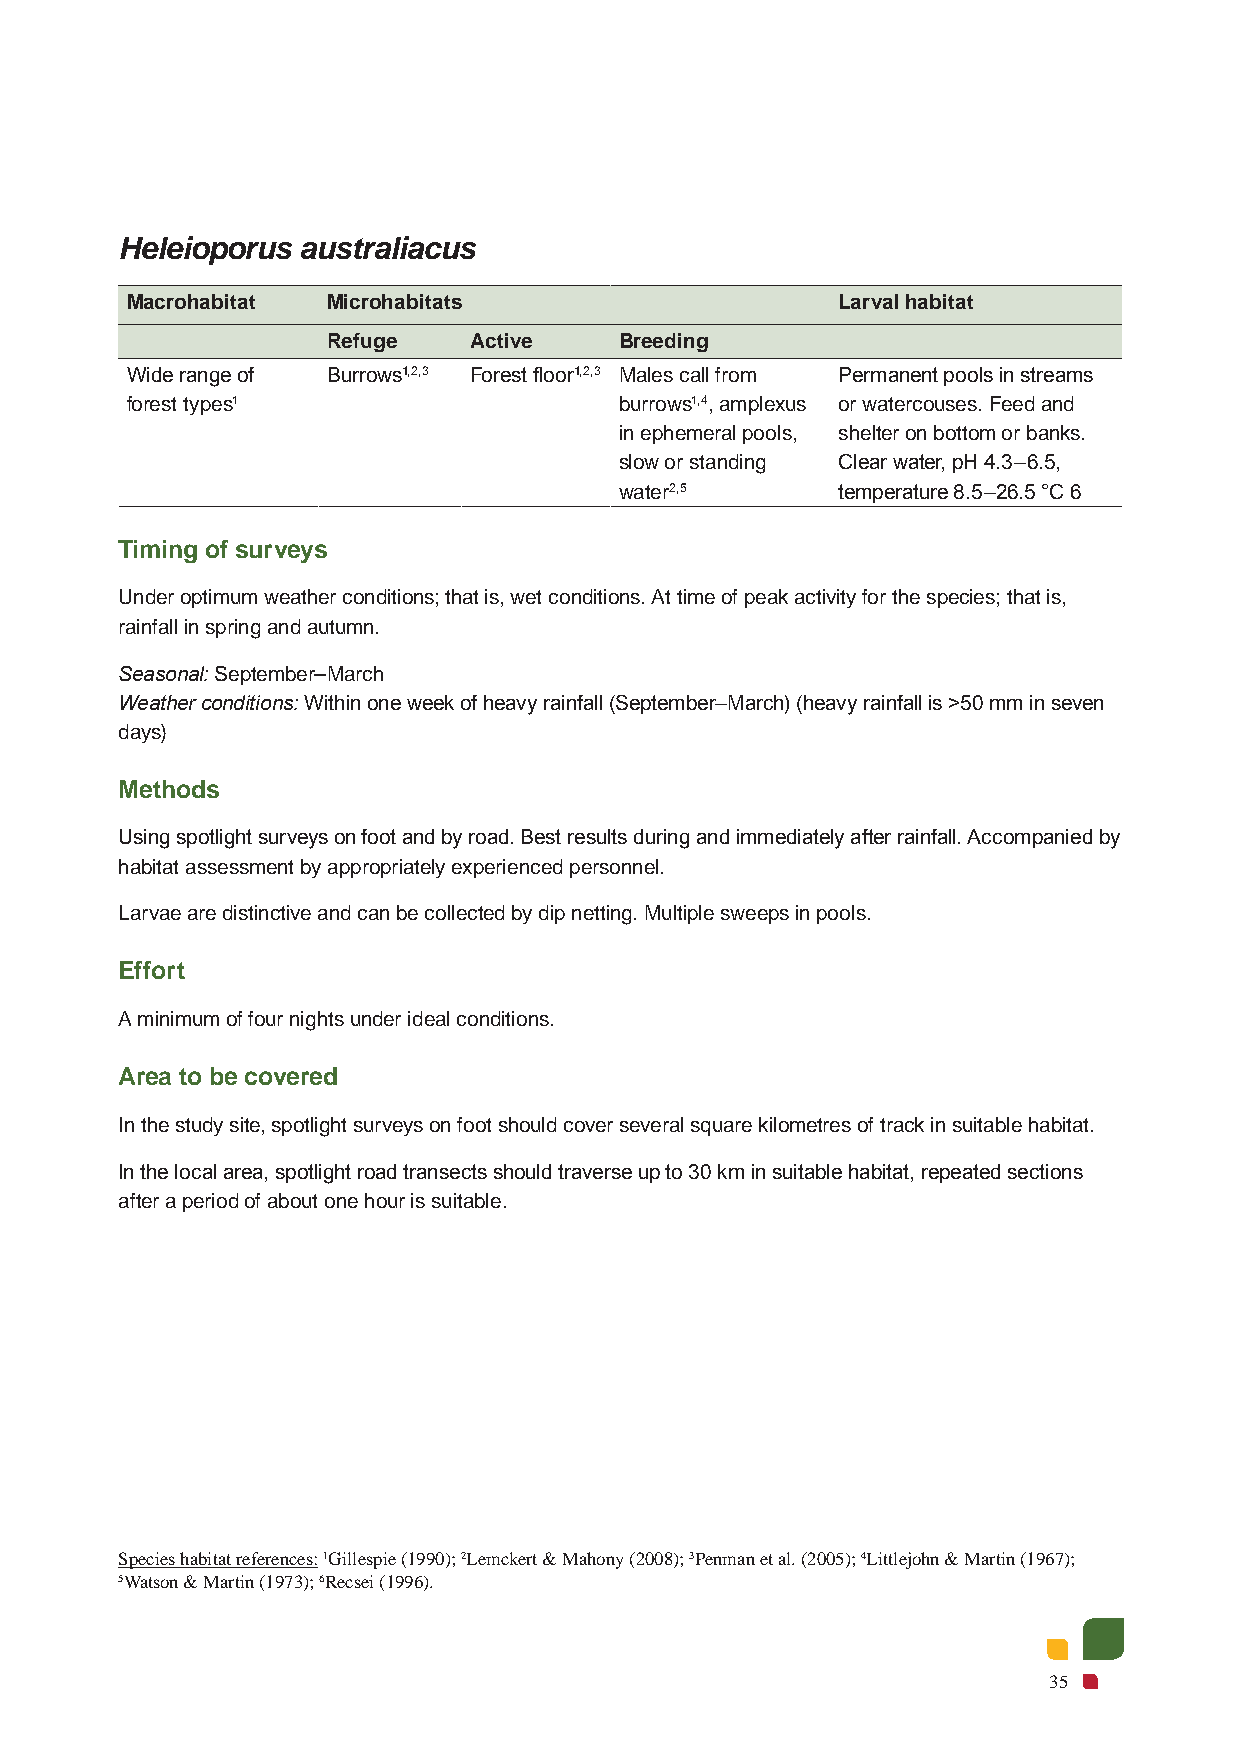
Heleioporus australiacus
 Macrohabitat  Microhabitats                    Larval habitat
 Refuge   Active    Breeding
 Wide range of Burrows1,2,3 Forest floor1,2,3 Males call from Permanent pools in streams
 forest types1                    burrows1,4, amplexus or watercouses. Feed and
 in ephemeral pools, shelter on bottom or banks.
 slow or standing Clear water, pH 4.3–6.5,
 water2,5      temperature 8.5–26.5 °C 6
 Timing of surveys
 Under optimum weather conditions; that is, wet conditions. At time of peak activity for the species; that is,
 rainfall in spring and autumn.
 Seasonal: September–March
 Weather conditions: Within one week of heavy rainfall (September–March) (heavy rainfall is >50 mm in seven
 days)
 Methods
 Using spotlight surveys on foot and by road. Best results during and immediately after rainfall. Accompanied by
 habitat assessment by appropriately experienced personnel.
 Larvae are distinctive and can be collected by dip netting. Multiple sweeps in pools.
 Effort
 A minimum of four nights under ideal conditions.
 Area to be covered
 In the study site, spotlight surveys on foot should cover several square kilometres of track in suitable habitat.
 In the local area, spotlight road transects should traverse up to 30 km in suitable habitat, repeated sections
 after a period of about one hour is suitable.
 Species habitat references: 1Gillespie (1990); 2Lemckert & Mahony (2008); 3Penman et al. (2005); 4Littlejohn & Martin (1967);
 5Watson & Martin (1973); 6Recsei (1996).
 35